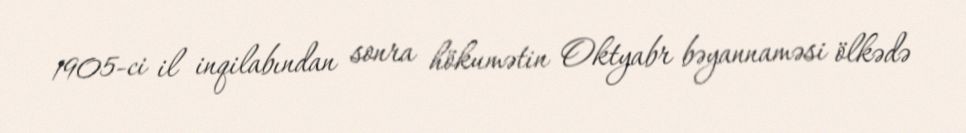
1905-ci il inqilabından sonra hökumətin Oktyabr bəyannaməsi ölkədə